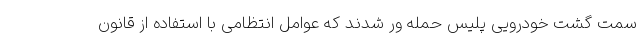
سمت گشت خودرویی پلیس حمله ور شدند که عوامل انتظامی با استفاده از قانون